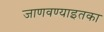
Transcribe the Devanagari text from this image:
जाणवण्याइतका